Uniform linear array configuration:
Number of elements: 48
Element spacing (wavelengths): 1
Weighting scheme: kaiser
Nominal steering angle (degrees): -30
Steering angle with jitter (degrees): -28.258
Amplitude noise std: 0.05
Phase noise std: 0.05

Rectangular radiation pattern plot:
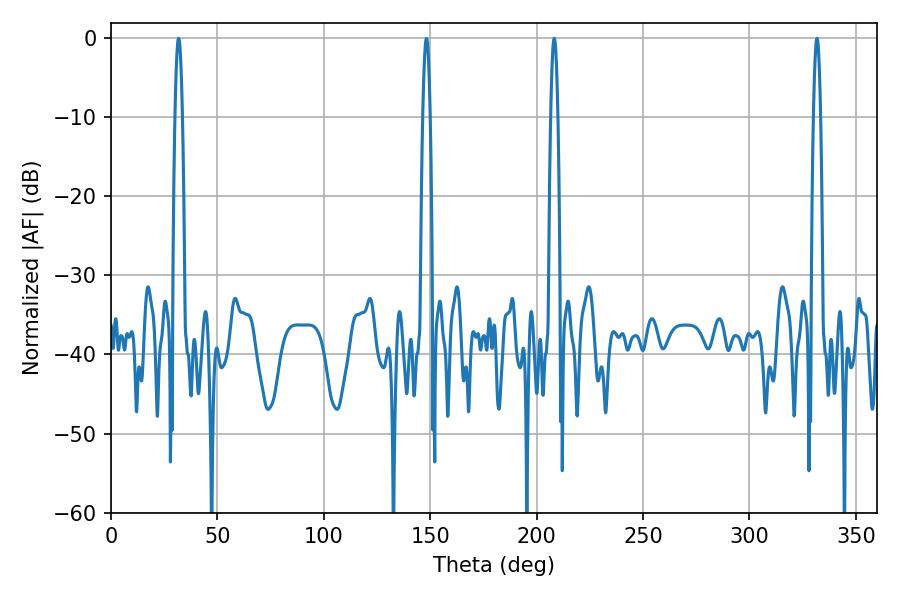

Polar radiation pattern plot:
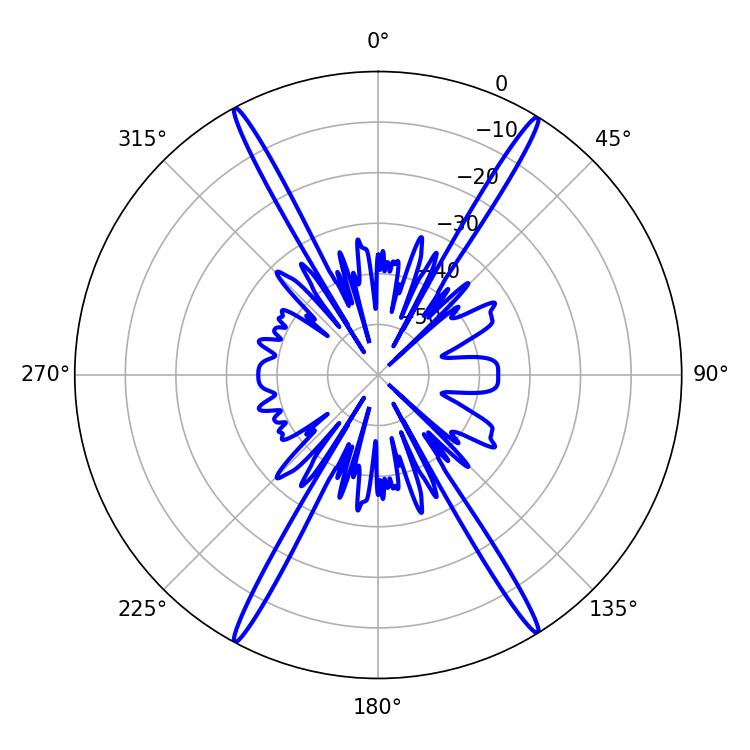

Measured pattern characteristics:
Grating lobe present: TRUE
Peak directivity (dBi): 25.947
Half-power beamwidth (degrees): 1.8
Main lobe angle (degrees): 208.26